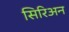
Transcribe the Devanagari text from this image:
सिरिअन